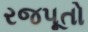
રજપૂતો